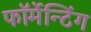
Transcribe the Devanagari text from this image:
फॉर्मेन्टिंग